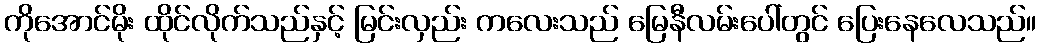
ကိုအောင်မိုး ထိုင်လိုက်သည်နှင့် မြင်းလှည်း ကလေးသည် မြေနီလမ်းပေါ်တွင် ပြေးနေလေသည်။